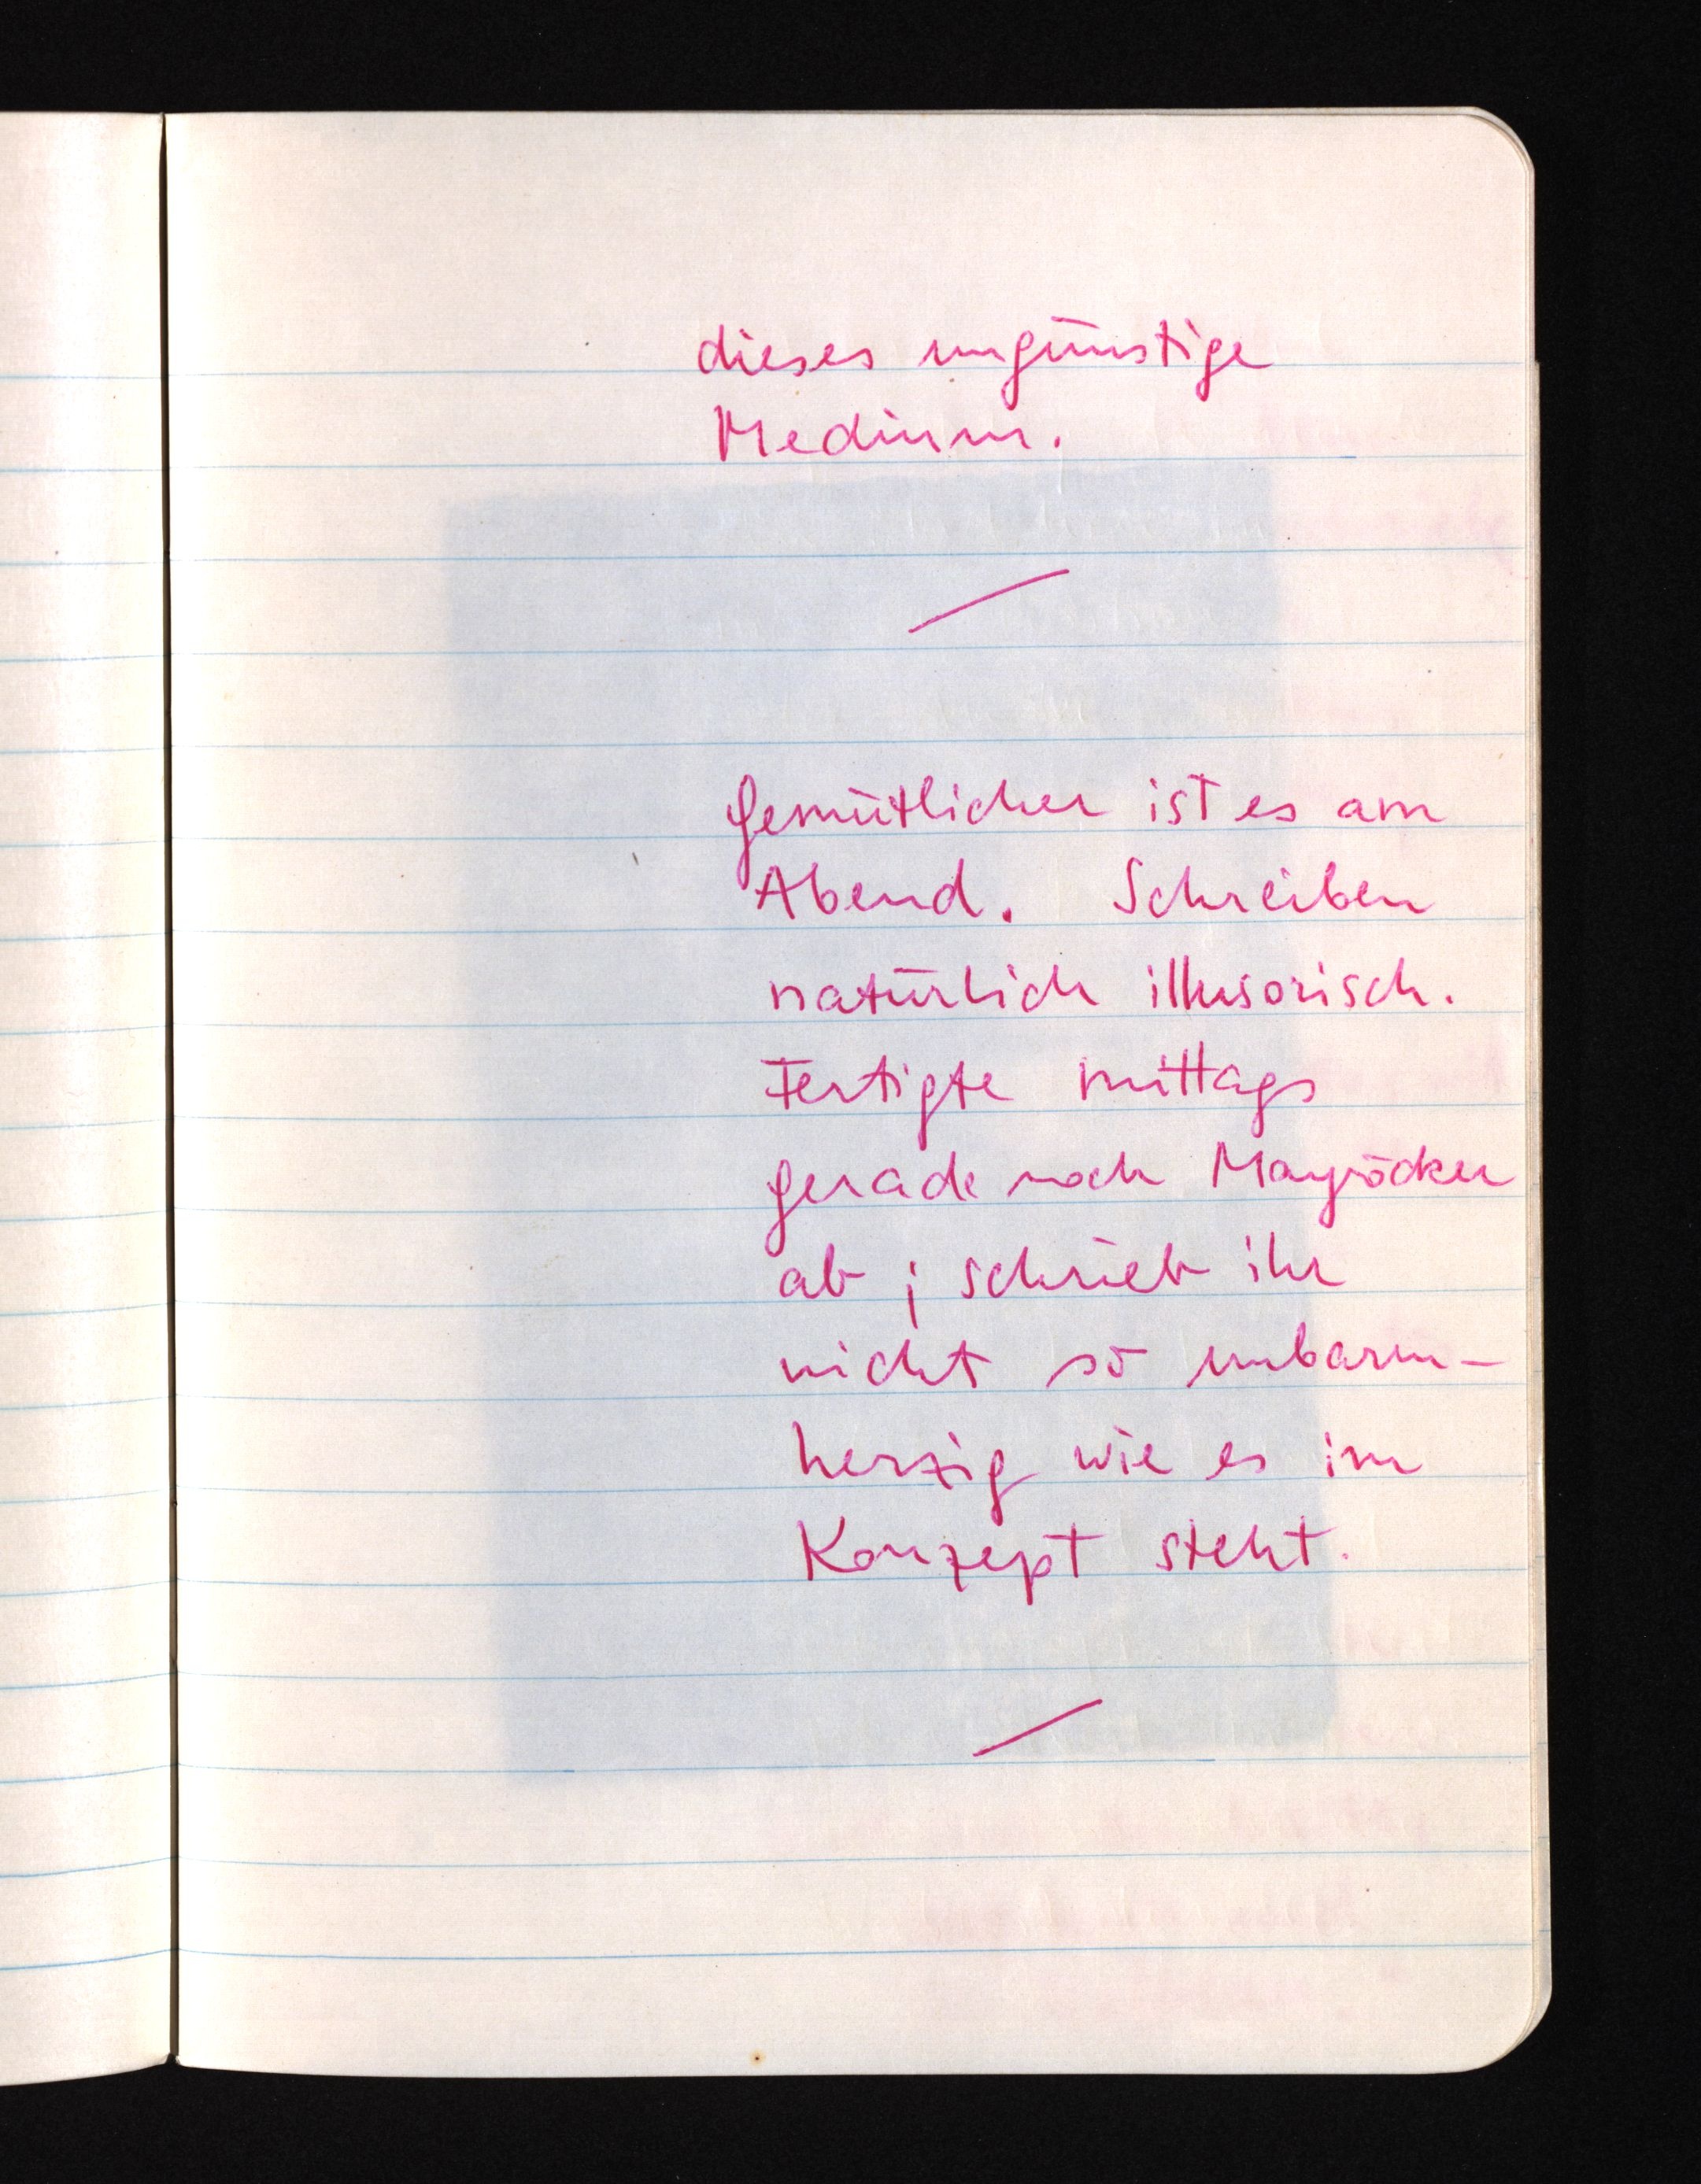
dieses ungünstige
Medium.
Gemütlicher ist es am
Abend. Schreiben
natürlich illusorisch.
Fertigte mittags
gerade noch Mayröcker
ab; schrieb ihr
nicht so unbarm¬
herzig wie es im
Konzept steht.